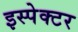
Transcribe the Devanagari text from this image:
इस्पेक्टर